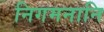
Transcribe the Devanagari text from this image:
निगमनानि